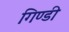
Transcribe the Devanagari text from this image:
गिण्डी